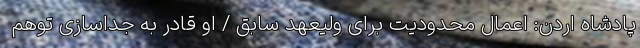
پادشاه اردن: اعمال محدودیت برای ولیعهد سابق / او قادر به جداسازی توهم